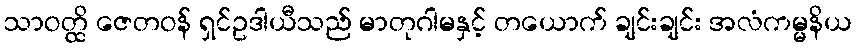
သာဝတ္ထိ ဇေတဝန် ရှင်ဥဒါယီသည် မာတုဂါမနှင့် တယောက် ချင်းချင်း အလံကမ္မနိယ